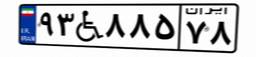
۹۳W۸۸۵۷۸